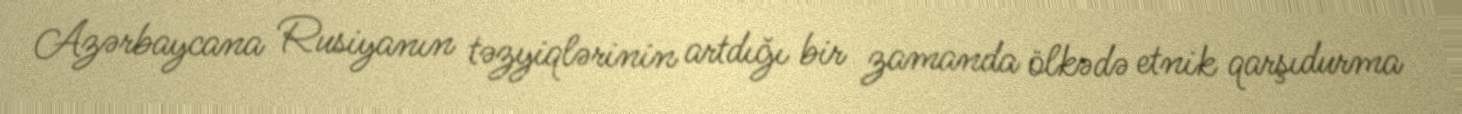
Azərbaycana Rusiyanın təzyiqlərinin artdığı bir zamanda ölkədə etnik qarşıdurma